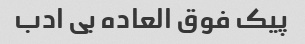
پیک فوق العاده بی ادب